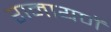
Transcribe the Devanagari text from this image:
रामायणें